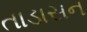
તાડાસન